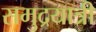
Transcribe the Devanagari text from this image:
समुद्रयात्री